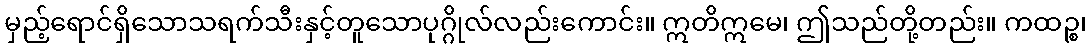
မှည့်ရောင်ရှိသောသရက်သီးနှင့်တူသောပုဂ္ဂိုလ်လည်းကောင်း။ ဣတိဣမေ၊ ဤသည်တို့တည်း။ ကထဉ္စ၊